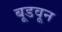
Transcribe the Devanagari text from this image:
बूडवून